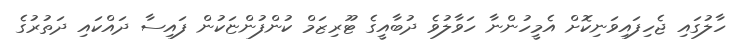
ހާލުގައި ޖެހިފައިވަނިކޮށް އެމީހުންނާ ހަވާލުވެ ދުބާއީގެ ޓޫރިޒަމް ކުންފުންޏަކުން ފައިސާ ދައްކައި ދަތުރުގެ